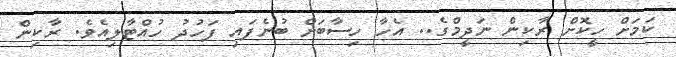
ކަމަށް ހީކޮށް ރާކިން ނަދީމްގެ.. އެހާ ހިސާބަށް ބުނެފައި ފަހުދު ހުއްޓާލިއެވެ. ރާކިން